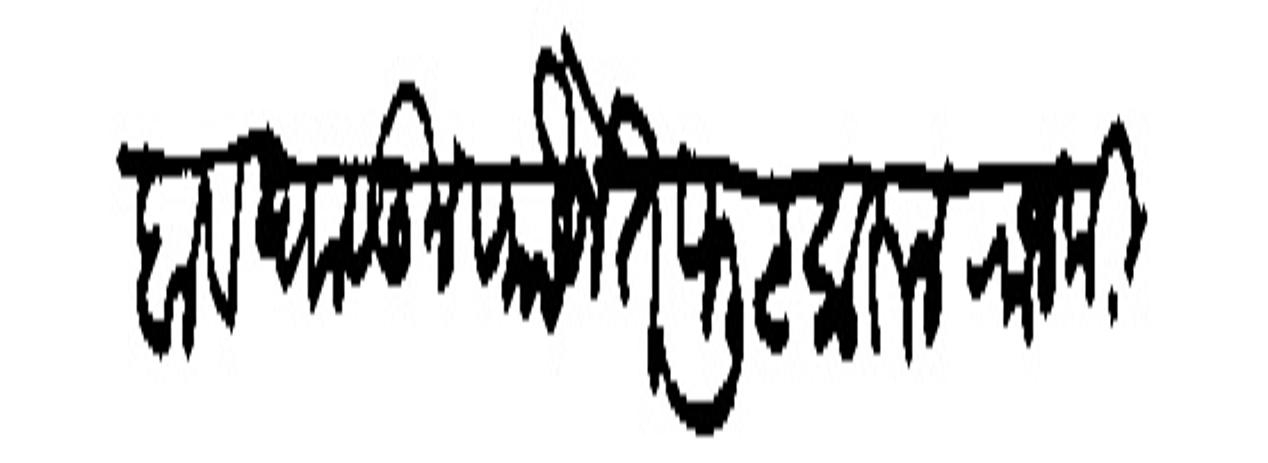
Transliteration (Devanagari): काटक जमा होऊन मिरजे सभवत्या खंडणीया घेऊन मिरजेनजीक बसले होते त्यास दबाव